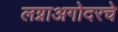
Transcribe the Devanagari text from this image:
लग्नाअगोदरचे